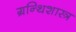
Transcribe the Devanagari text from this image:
ग्रन्थिशास्त्र